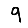
Digit: 9